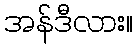
အန်ဒီလား။